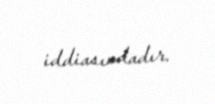
iddiasındadır.